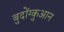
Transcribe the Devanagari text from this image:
बुदोंग्कुआन